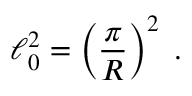
\ell _ { 0 } ^ { 2 } = \left( \frac { \pi } { R } \right) ^ { 2 } \; .